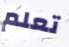
تعلم